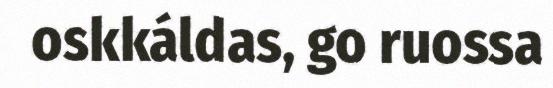
oskkáldas, go ruossa